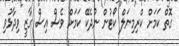
ގޮތް ކަމަށް ކްރިމިނަލް ކޯޓުން ނުދެކޭ ކަމަށް ވެސް އިސް ގާޒީ ވިދާޅުވި